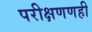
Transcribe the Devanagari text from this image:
परीक्षणणही